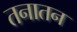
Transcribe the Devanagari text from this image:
तनातन